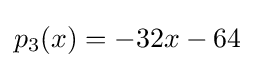
p_{3}(x)=-32x-64